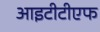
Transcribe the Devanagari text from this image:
आइटीटीएफ